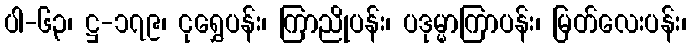
ပါ-၆၃၊ ဋ္ဌ-၁၇၉၊ ငုရွှေပန်း၊ ကြာညိုပန်း၊ ပဒုမ္မာကြာပန်း၊ မြတ်လေးပန်း၊